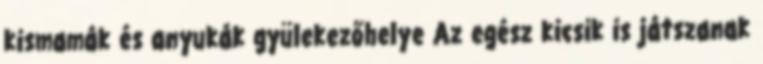
kismamák és anyukák gyülekezőhelye Az egész kicsik is játszanak